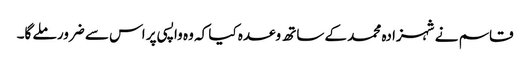
قاسم نے شہزادہ محمد کے ساتھ وعدہ کیا کہ وہ واپسی پر اس سے ضرور ملے گا۔